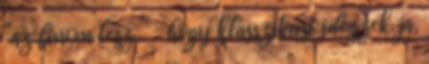
“az finom lesz ” – hogy klasszikust idézzek. ja,